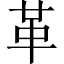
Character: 革